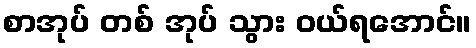
စာအုပ် တစ် အုပ် သွား ဝယ်ရအောင်။